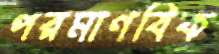
পরমাণবিক